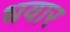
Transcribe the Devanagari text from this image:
धवार